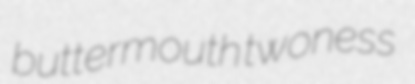
buttermouth twoness